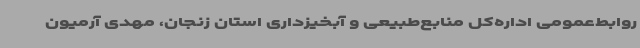
روابط‌عمومی اداره‌کل منابع‌طبیعی و آبخیزداری استان زنجان، مهدی آرمیون